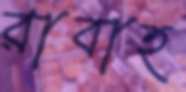
রাবাহ